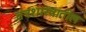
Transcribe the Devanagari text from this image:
तंत्रशास्त्रातील